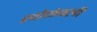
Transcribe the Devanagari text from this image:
खोळंबली